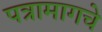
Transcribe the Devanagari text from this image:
पत्रामागचे